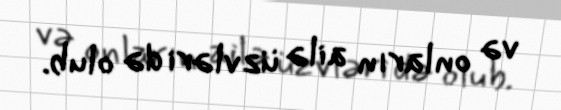
və onların ailə üzvləri də olub.